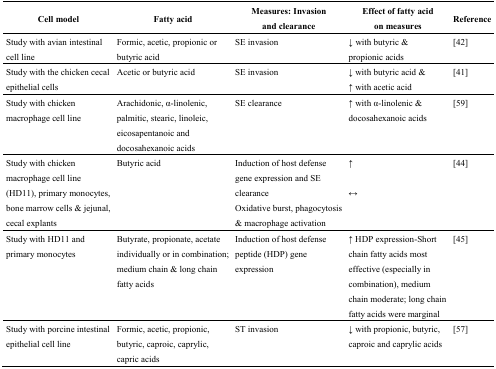
<table><thead><tr><td><b>Cell model</b></td><td><b>Fatty acid</b></td><td><b>Measures: Invasion and clearance</b></td><td><b>Effect of fatty acid on measures</b></td><td><b>Reference</b></td></tr></thead><tbody><tr><td>Study with avian intestinal cell line</td><td>Formic, acetic, propionic or butyric acid</td><td>SE invasion</td><td>↓ with butyric &amp; propionic acids</td><td>[42]</td></tr><tr><td>Study with the chicken cecal epithelial cells</td><td>Acetic or butyric acid</td><td>SE invasion</td><td>↓ with butyric acid &amp; ↑ with acetic acid</td><td>[41]</td></tr><tr><td>Study with chicken macrophage cell line</td><td>Arachidonic, α-linolenic, palmitic, stearic, linoleic, eicosapentanoic and docosahexanoic acids</td><td>SE clearance</td><td>↑ with α-linolenic &amp; docosahexanoic acids</td><td>[59]</td></tr><tr><td>Study with chicken macrophage cell line (HD11), primary monocytes, bone marrow cells &amp; jejunal, cecal explants</td><td>Butyric acid</td><td>Induction of host defense gene expression and SE clearance Oxidative burst, phagocytosis &amp; macrophage activation</td><td>↑↔</td><td>[44]</td></tr><tr><td>Study with HD11 and primary monocytes</td><td>Butyrate, propionate, acetate individually or in combination; medium chain &amp; long chain fatty acids</td><td>Induction of host defense peptide (HDP) gene expression</td><td>↑ HDP expression-Short chain fatty acids most effective (especially in combination), medium chain moderate; long chain fatty acids were marginal</td><td>[45]</td></tr><tr><td>Study with porcine intestinal epithelial cell line</td><td>Formic, acetic, propionic, butyric, caproic, caprylic, capric acids</td><td>ST invasion</td><td>↓ with propionic, butyric, caproic and caprylic acids</td><td>[57]</td></tr></tbody></table>